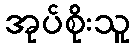
အုပ်စိုးသူ